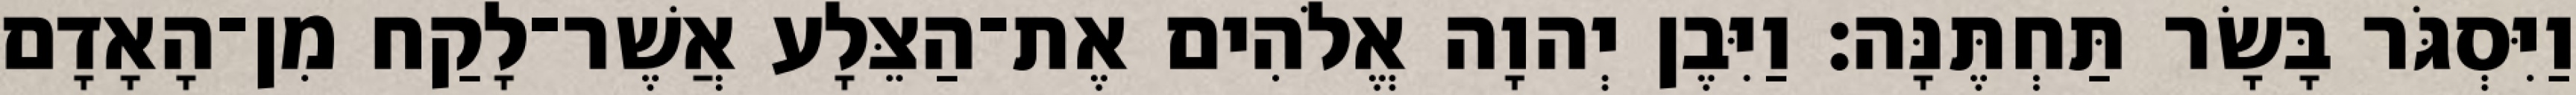
וַיִּסְגֹּר בָּשָׂר תַּחְתֶּנָּה׃ וַיִּבֶן יְהוָה אֱלֹהִים אֶת־הַצֵּלָע אֲשֶׁר־לָקַח מִן־הָאָדָם